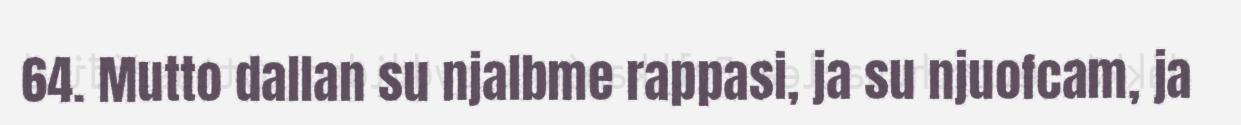
64. Mutto dallan su njalbme rappasi, ja su njuofcam, ja